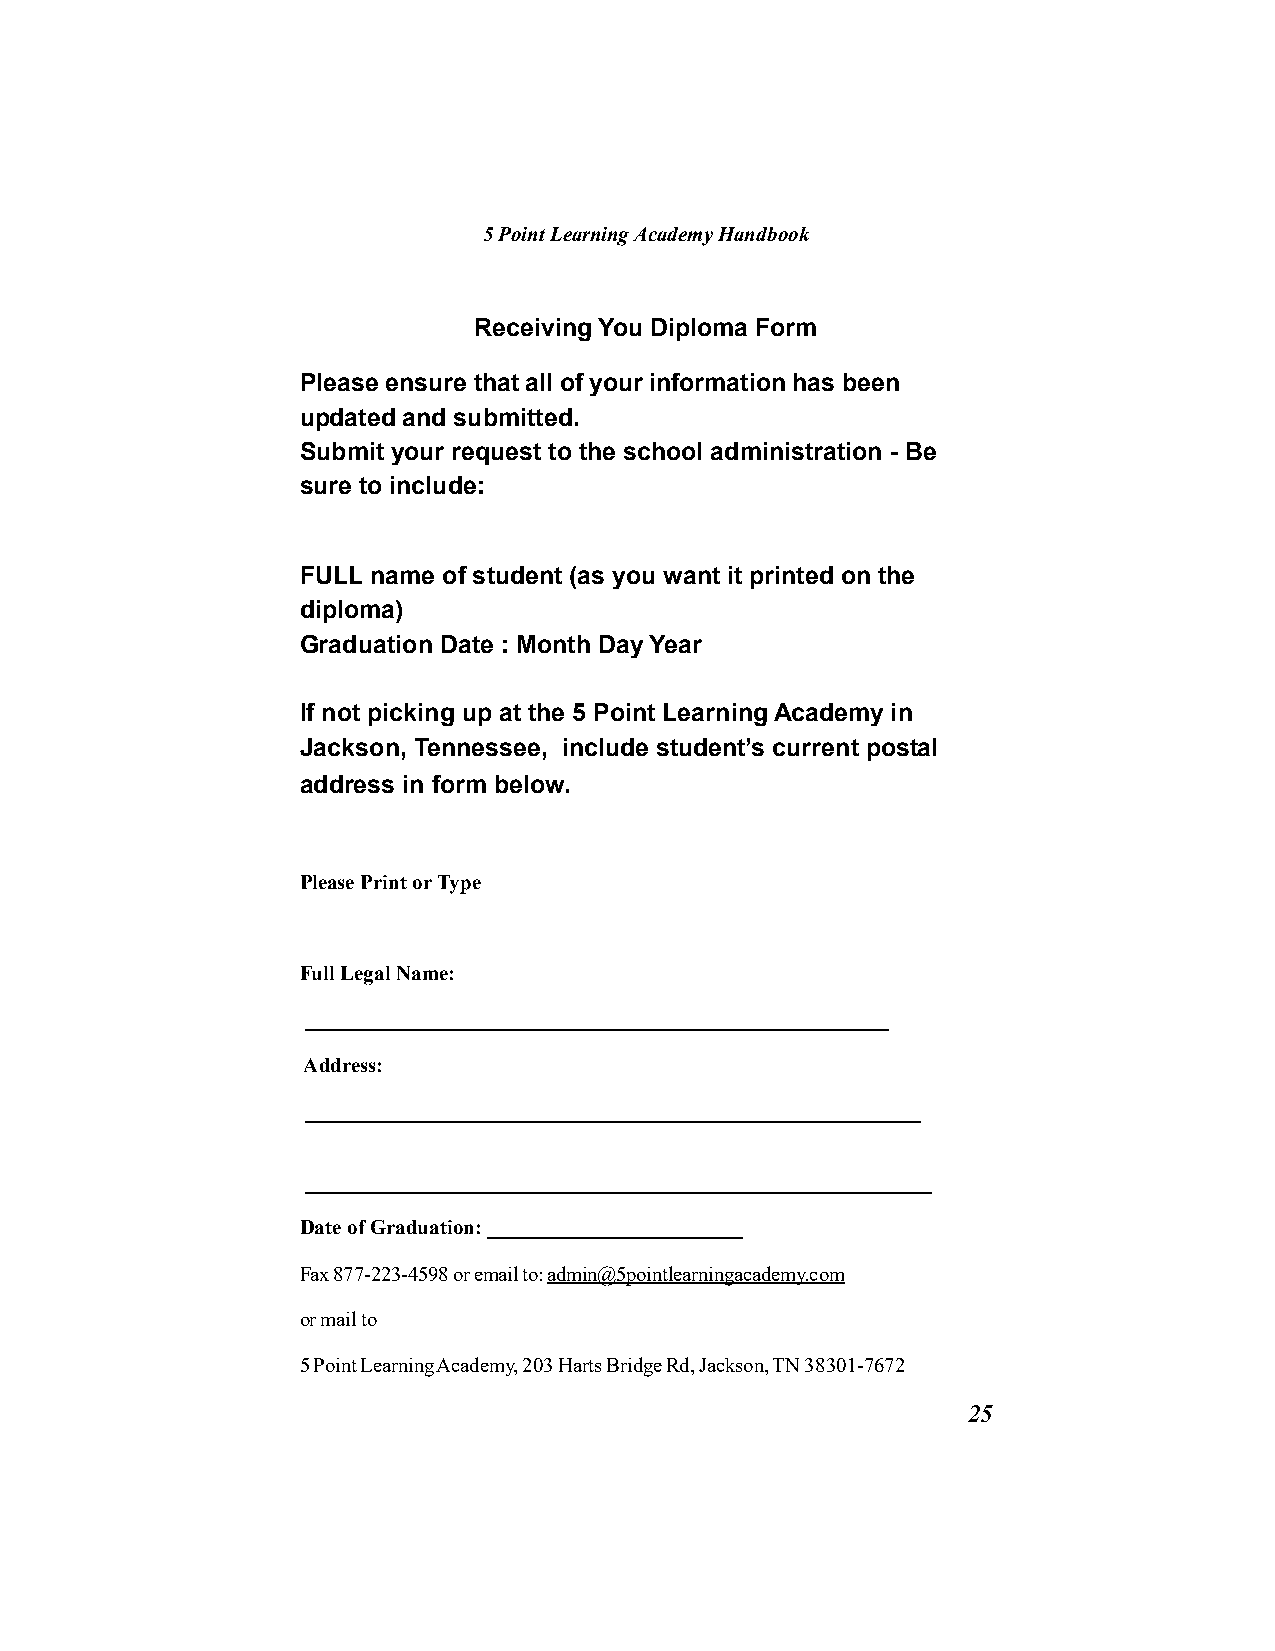
5 Point Learning Academy Handbook
 Receiving You Diploma Form
 Please ensure that all of your information has been
 updated and submitted.
 Submit your request to the school administration - Be
 sure to include:
 FULL name of student (as you want it printed on the
 diploma)
 Graduation Date : Month Day Year
 If not picking up at the 5 Point Learning Academy in
 Jackson, Tennessee, include student’s current postal
 address in form below.
 Please Print or Type
 Full Legal Name:
 _______________________________________________________
 Address:
 __________________________________________________________
 ___________________________________________________________
 Date of Graduation: ________________________
 Fax 877-223-4598 or email to: admin@5pointlearningacademy.com
 or mail to
 5 Point Learning Academy, 203 Harts Bridge Rd, Jackson, TN 38301-7672
 25